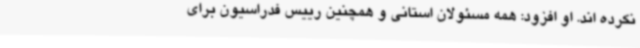
نکرده اند. او افزود: همه مسئولان استانی و همچنین رییس فدراسیون برای